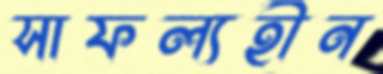
সাফল্যহীন